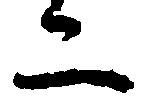
二